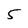
Character: 5